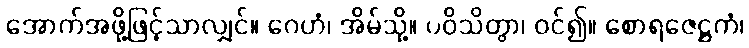
အောက်အဖို့ဖြင့်သာလျှင်။ ဂေဟံ၊ အိမ်သို့။ ပဝိသိတွာ၊ ဝင်၍။ စောရဇေဋ္ဌကံ၊